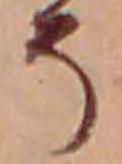
そ